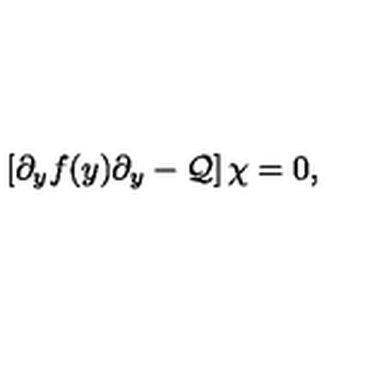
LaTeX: \left[ \partial _ { y } f ( y ) \partial _ { y } - { \cal Q } \right] \chi = 0 ,